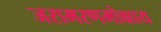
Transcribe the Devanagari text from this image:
जरामरणमोक्षाय